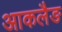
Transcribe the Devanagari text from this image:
आकलैङ